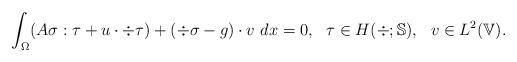
LaTeX: \begin{align*} \begin{aligned} \int_\Omega (A \sigma : \tau + u \cdot \div \tau) + (\div \sigma - g) \cdot v\ dx &= 0, & & \tau \in H(\div;\mathbb{S}), &v \in L^2(\mathbb{V}). \end{aligned}\end{align*}